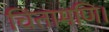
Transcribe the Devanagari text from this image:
चिंतामणि।